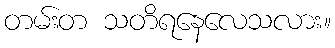
တမ်းတ သတိရနေလေသလား။